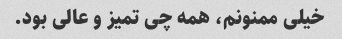
خیلی ممنونم، همه چی تمیز و عالی بود.